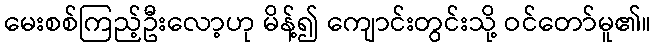
မေးစစ်ကြည့်ဦးလော့ဟု မိန့်၍ ကျောင်းတွင်းသို့ ဝင်တော်မူ၏။